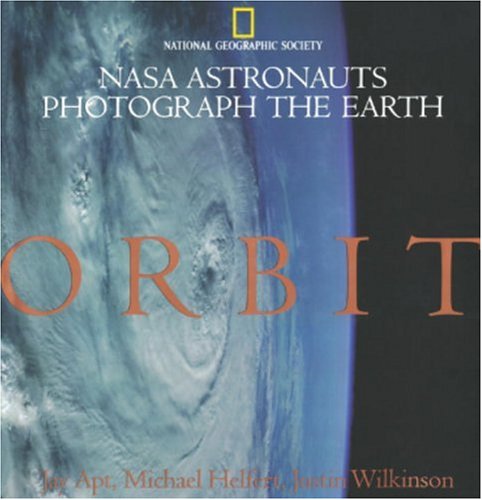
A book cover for Orbit: Nasa Astronauts Photograph The Earth; Jay Apt; Arts & Photography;